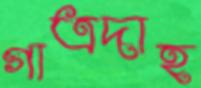
গাত্রদাহ